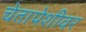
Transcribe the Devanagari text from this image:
चेतापेशीवर